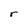
Character: r